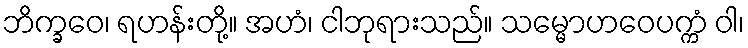
ဘိက္ခဝေ၊ ရဟန်းတို့။ အဟံ၊ ငါဘုရားသည်။ သမ္မောဟဝေပက္ကံ ဝါ၊